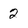
Character: 2